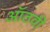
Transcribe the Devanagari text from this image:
ऑठवी